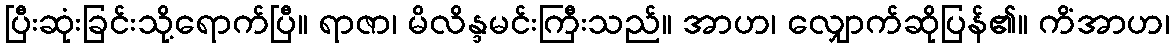
ပြီးဆုံးခြင်းသို့ရောက်ပြီ။ ရာဇာ၊ မိလိန္ဒမင်းကြီးသည်။ အာဟ၊ လျှောက်ဆိုပြန်၏။ ကိံအာဟ၊